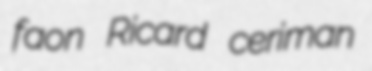
faon Ricard ceriman